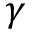
\gamma